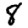
Digit: 8